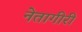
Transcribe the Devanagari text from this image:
नेतागीरी